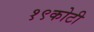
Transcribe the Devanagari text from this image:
१९कोटी